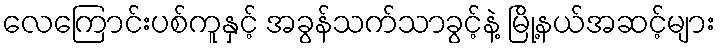
လေကြောင်းပစ်ကူနှင့် အခွန်သက်သာခွင့်နဲ့ မြို့နယ်အဆင့်များ